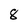
Character: 8